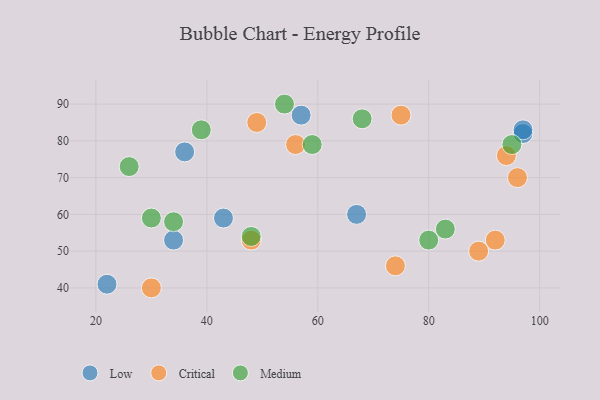
{"axis": {"x": "GDP", "y": "Life Expectancy"}, "legend": ["Critical", "Low", "Medium"], "data": [{"x": "57", "y": 87, "type": "Low"}, {"x": "34", "y": 53, "type": "Low"}, {"x": "43", "y": 59, "type": "Low"}, {"x": "22", "y": 41, "type": "Low"}, {"x": "36", "y": 77, "type": "Low"}, {"x": "67", "y": 60, "type": "Low"}, {"x": "97", "y": 82, "type": "Low"}, {"x": "97", "y": 83, "type": "Low"}, {"x": "94", "y": 76, "type": "Critical"}, {"x": "49", "y": 85, "type": "Critical"}, {"x": "75", "y": 87, "type": "Critical"}, {"x": "48", "y": 53, "type": "Critical"}, {"x": "56", "y": 79, "type": "Critical"}, {"x": "30", "y": 40, "type": "Critical"}, {"x": "96", "y": 70, "type": "Critical"}, {"x": "89", "y": 50, "type": "Critical"}, {"x": "74", "y": 46, "type": "Critical"}, {"x": "92", "y": 53, "type": "Critical"}, {"x": "59", "y": 79, "type": "Medium"}, {"x": "68", "y": 86, "type": "Medium"}, {"x": "48", "y": 54, "type": "Medium"}, {"x": "34", "y": 58, "type": "Medium"}, {"x": "39", "y": 83, "type": "Medium"}, {"x": "83", "y": 56, "type": "Medium"}, {"x": "54", "y": 90, "type": "Medium"}, {"x": "30", "y": 59, "type": "Medium"}, {"x": "95", "y": 79, "type": "Medium"}, {"x": "26", "y": 73, "type": "Medium"}, {"x": "80", "y": 53, "type": "Medium"}]}